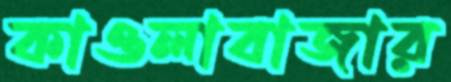
কাওলাবাজার